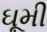
ઘૂમી